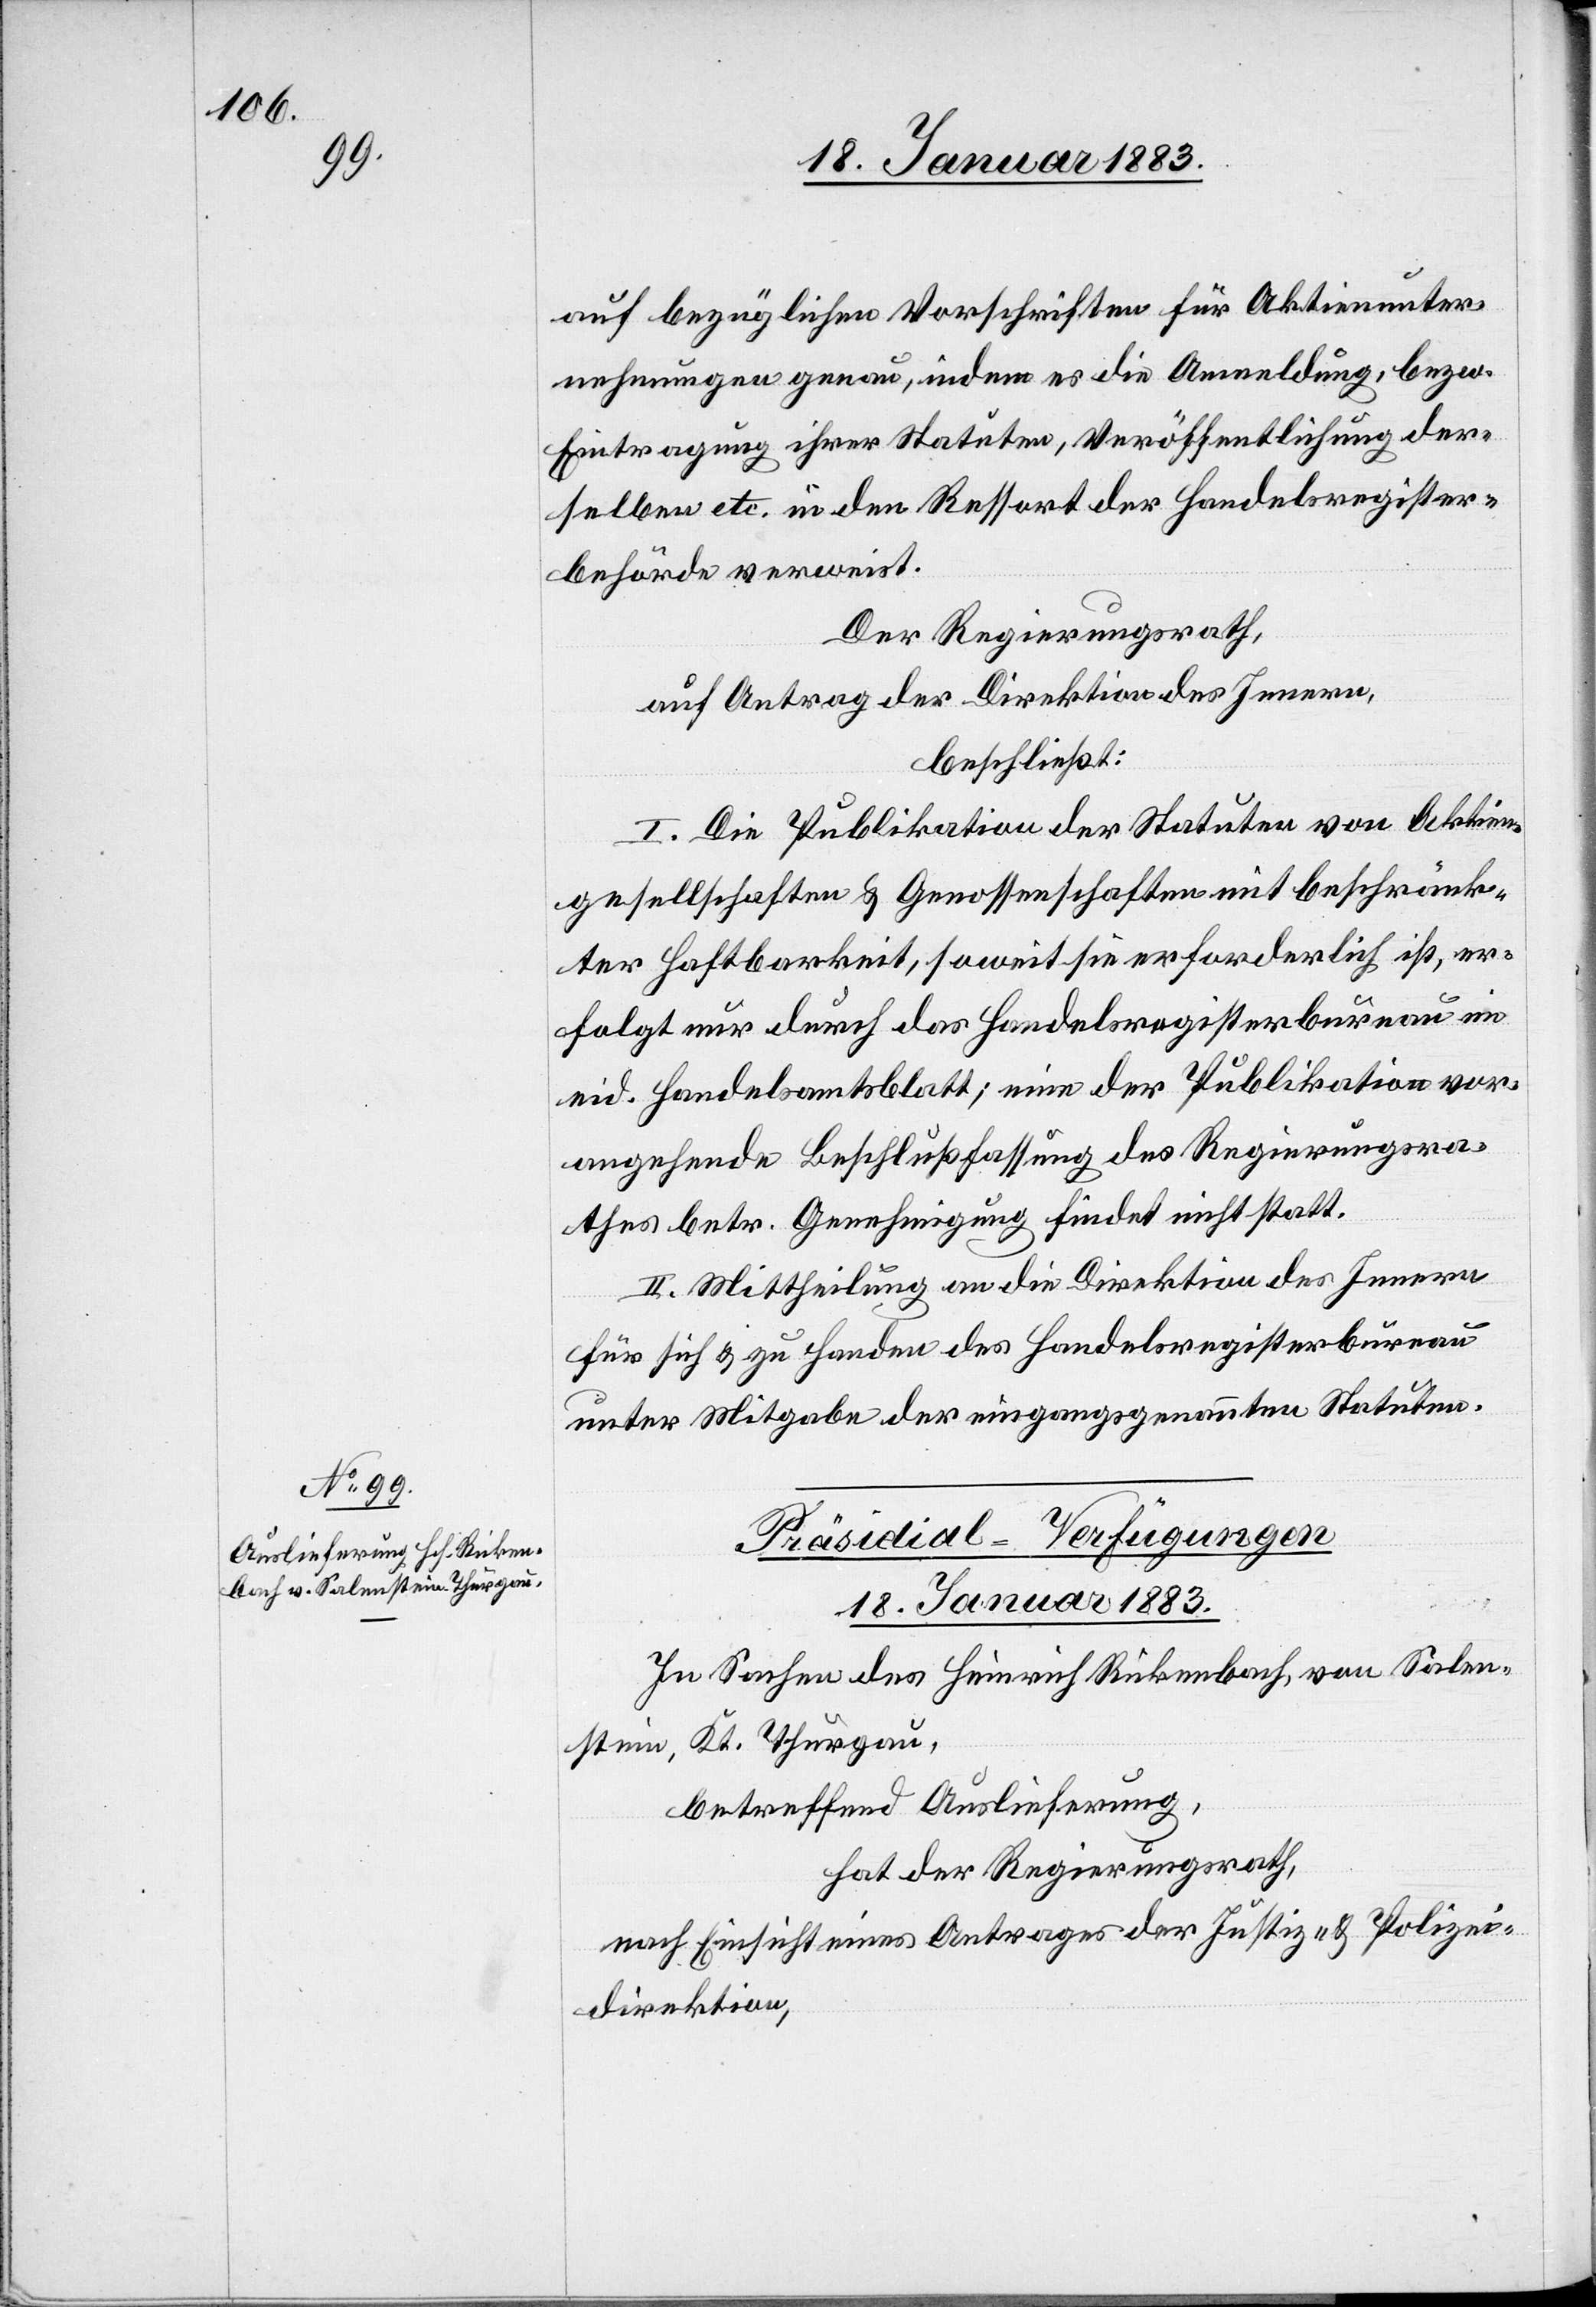
auf bezüglichen Vorschriften für Aktienunter¬
nehmen genau, indem es die Anmeldung bzw.
Eintragung ihrer Statuten, Veröffentlichung der¬
selben etc. in den Ressort der Handelsregister¬
behörde verweist.
Der Regierungsrath,
auf Antrag der Direktion des Innern,
beschließt:
I. Die Publikation der Statuten von Aktien¬
gesellschaften & Genossenschaften mit beschränk¬
ter Haftbarkeit, soweit sie erforderlich ist, er¬
folgt nur durch das Handelsregisterbureau im
eid. Handelsamtsblatt; eine der Publikation vor¬
angehende Beschlußfassung der Regierungsra¬
thes betr. Genehmigung findet nicht statt.
II. Mittheilung an die Direktion des Innern
für sich & zu Handen des Handelsregisterbureau
unter Mitgabe der eingangs genannten Statuten.
Präsidial-Verfügungen.
18. Januar 1883.
In Sachen des Heinrich Rickenbach, von Salen¬
stein, Kt. Thurgau,
betreffend Auslieferung,
hat der Regierungsrath,
nach Einsicht eines Antrages der Justiz- & Polizei¬
direktion,